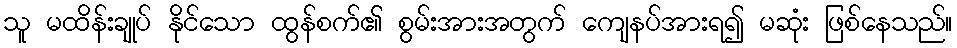
သူ မထိန်းချုပ် နိုင်သော ထွန်စက်၏ စွမ်းအားအတွက် ကျေနပ်အားရ၍ မဆုံး ဖြစ်နေသည်။